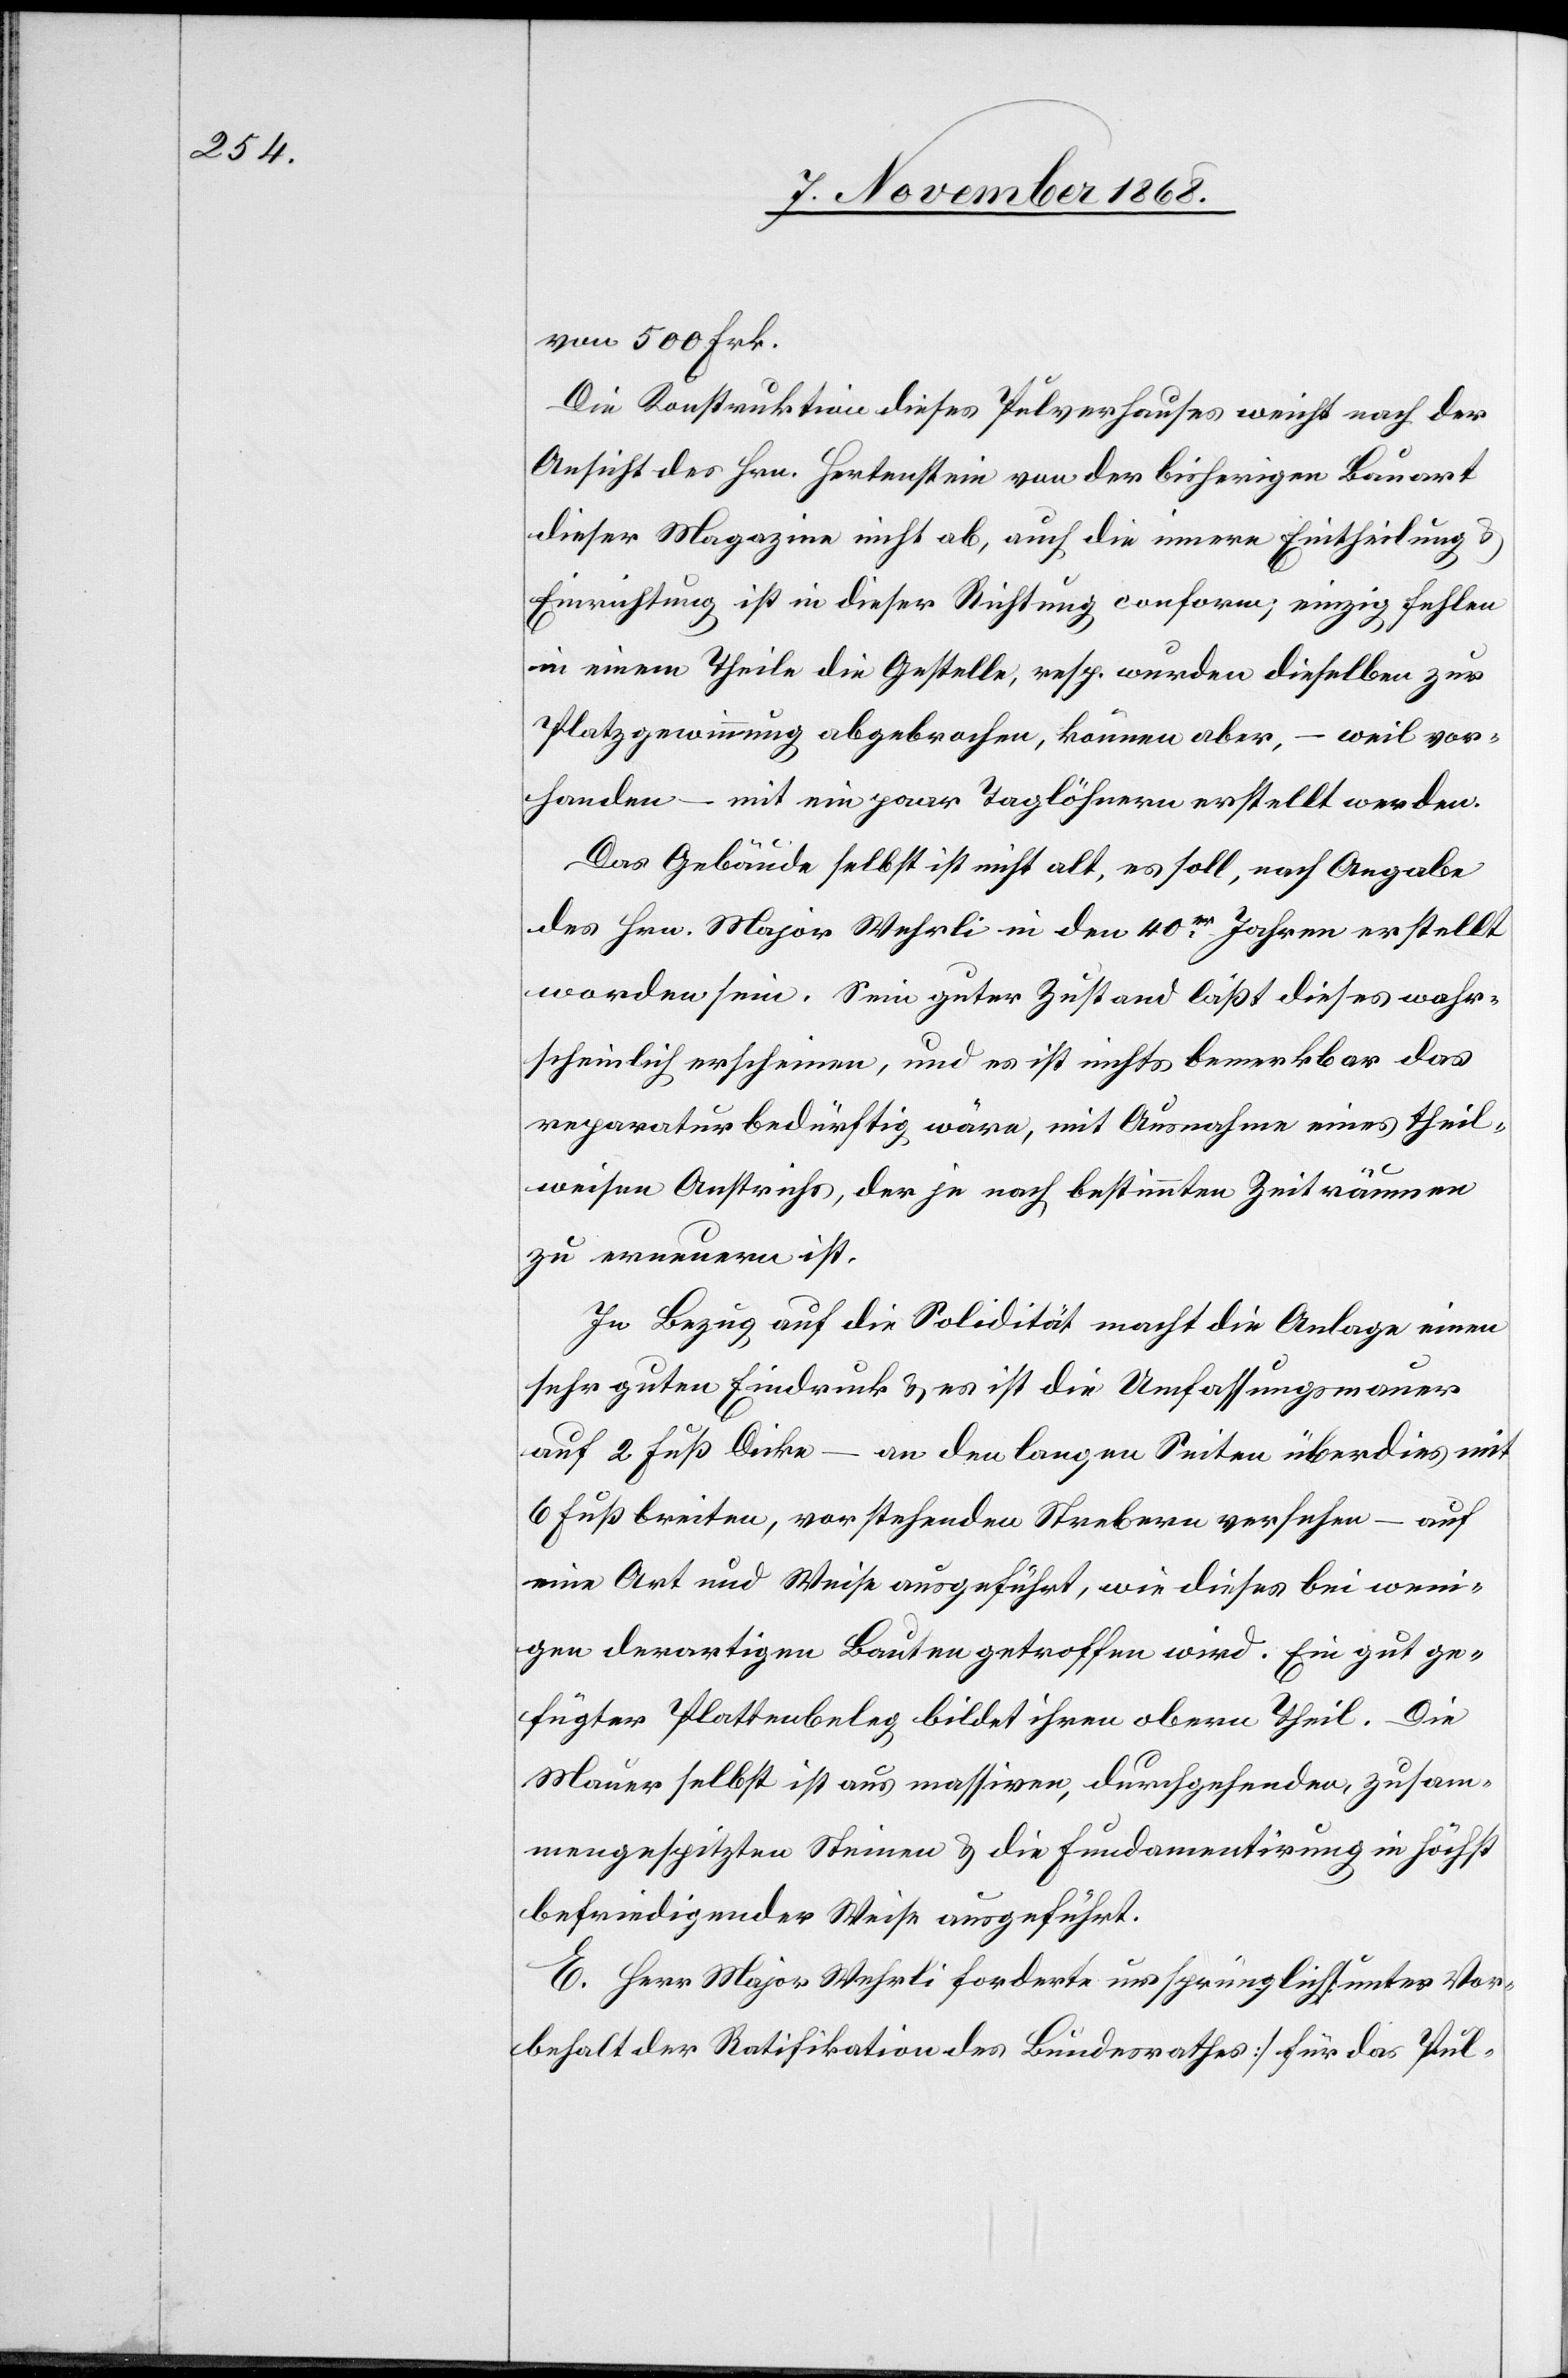
von 500 Frk.
Die Konstruktion dieses Pulverhauses weicht nach der
Ansicht des Hrn. Hertenstein von der bisherigen Bauart
dieser Magazine nicht ab, auch die innere Eintheilung &
Einrichtung ist in dieser Richtung conform; einzig fehlen
in einem Theile die Gestelle, resp. wurden dieselben zur
Platzgewinnung abgebrochen, können aber, – weil vor¬
handen – mit ein paar Taglöhnern erstellt werden.
Das Gebäude selbst ist nicht alt, es soll, nach Angabe
des Hrn. Major Wehrli in den 40er Jahren erstellt
worden sein. Sein guter Zustand läßt dieses wahr¬
scheinlich erscheinen, und es ist nichts bemerkbar das
reparaturbedürftig wäre, mit Ausnahme eines theil¬
weisen Anstrichs, der je nach bestimmten Zeiträumen
zu erneuern ist.
In Bezug auf die Solidität macht die Anlage einen
sehr guten Eindruck & es ist die Umfassungsmauer
auf 2 Fuß Dicke – an den langen Seiten überdies mit
6 Fuß breiten, vorstehenden Strebern versehen – auf
eine Art und Weise ausgeführt, wie dieses bei weni¬
gen derartigen Bauten getroffen wird. Ein gut ge¬
fügter Plattenbeleg bildet ihren obern Theil. Die
Mauer selbst ist aus massiven, durchgehenden, zusam¬
mengespitzten Steinen & die Fundamentirung in höchst
befriedigender Weise ausgeführt.
E. Herr Major Wehrli forderte ursprünglich [unter Vor¬
behalt der Ratifikation des Bundesrathes] für das Pul-